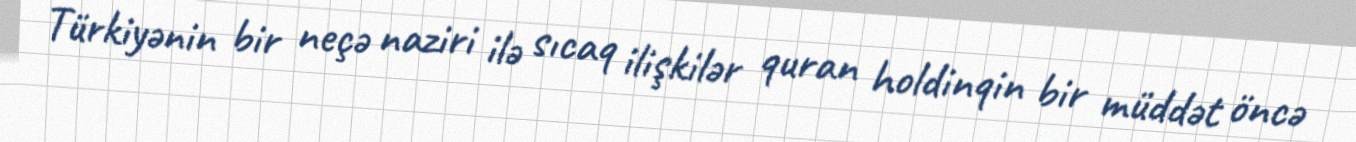
Türkiyənin bir neçə naziri ilə sıcaq ilişkilər quran holdinqin bir müddət öncə